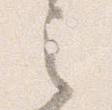
之